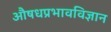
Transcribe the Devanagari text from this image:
औषधप्रभावविज्ञान